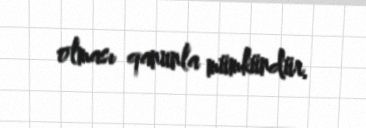
olması qanunla mümkündür.